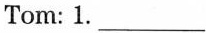
Tom: 1. ___